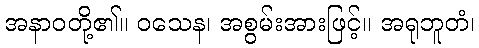
အနာဝတို့၏။ ဝသေန၊ အစွမ်းအားဖြင့်။ အရုဘူတံ၊